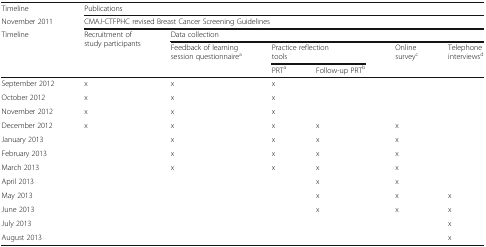
| Timeline | <COLSPAN=6> Publications |
 | November 2011 | <COLSPAN=6> CMAJ-CTFPHC revised Breast Cancer Screening Guidelines |
 | <ROWSPAN=3> Timeline | <ROWSPAN=3> Recruitment of study participants | <COLSPAN=5> Data collection |
 | <ROWSPAN=2> Feedback of learning session questionnairea | <COLSPAN=2> Practice reflection tools | <ROWSPAN=2> Online surveyc | Telephoneinterviewsd |
 | PRTa | Follow-up PRTb |  |
 | --- | --- | --- | --- | --- | --- | --- |
 | September 2012 | x | x | x |  |  |  |
 | October 2012 | x | x | x |  |  |  |
 | November 2012 | x | x | x |  |  |  |
 | December 2012 | x | x | x | x | x |  |
 | January 2013 |  | x | x | x | x |  |
 | February 2013 |  | x | x | x | x |  |
 | March 2013 |  | x | x | x | x |  |
 | April 2013 |  |  |  | x | x |  |
 | May 2013 |  |  |  | x | x | x |
 | June 2013 |  |  |  | x | x | x |
 | July 2013 |  |  |  |  |  | x |
 | August 2013 |  |  |  |  |  | x |